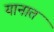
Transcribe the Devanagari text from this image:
यानात